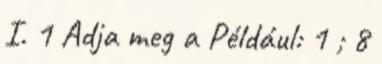
I. 1 Adja meg a Például: 1 ; 8